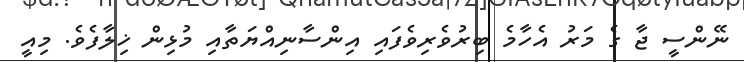
ނޭންސީ ޖާ ގެ މަރު އެހާމެ ބިރުވެރިވެފައި އިންސާނިއްޔަތާއި މުޅިން ޚިލާފެވެ. މިއީ